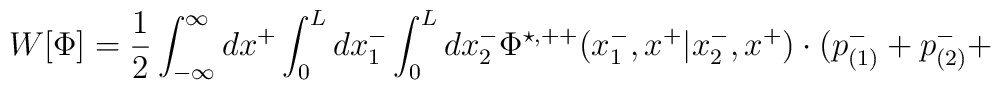
W[{\Phi}]=\frac{1}{2} \int_{- \infty}^{\infty} dx^{+} \int_0^L dx_1^{-}\int_0^L dx_2^{-} {\Phi}^{\star,++}(x_1^{-},x^{+}|x_2^{-},x^{+})\cdot (p_{(1)}^{-} + p_{(2)}^{-} +